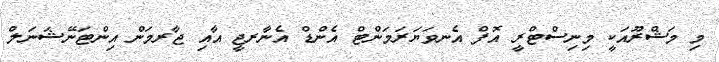
މި މަޝްރޫއަކީ މިނިސްޓްރީ އޮފް އެނވަޔަރަމަންޓް އެންޑް އެނާރޖީ އާއި ޖާރމަން އިންޓަނޭޝަނަލް